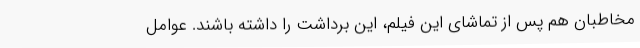
مخاطبان هم پس از تماشای این فیلم، این برداشت را داشته باشند. عوامل